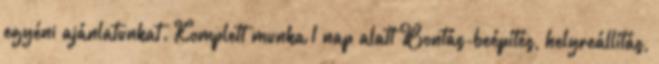
egyéni ajánlatunkat. Komplett munka 1 nap alatt Bontás-beépítés, helyreállítás,